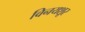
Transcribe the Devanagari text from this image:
विनयशूर